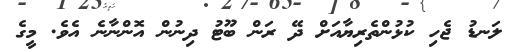
ލަނޑު ޖެހި ކުޅުންތެރިޔާއަށް ދޭ ރަން ބޫޓު ދިނުން އޮންނާނެ އެވެ. މީގެ